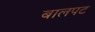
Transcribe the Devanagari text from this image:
बालपट